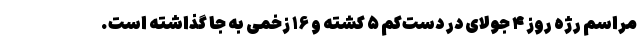
مراسم رژه روز ۴ جولای در دست‌کم ۵ کشته و ۱۶ زخمی به جا گذاشته است.